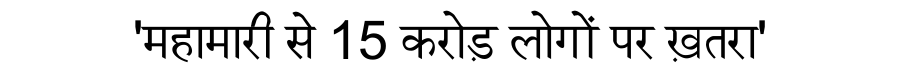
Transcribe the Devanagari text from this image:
'महामारी से 15 करोड़ लोगों पर ख़तरा'